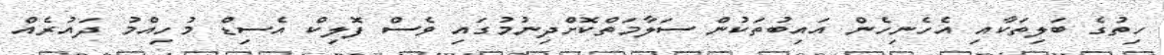
ހިތުގެ ބަލިތަކާއި އެހެނިހެން އައިބުތަކުން ސަލާމަތްކޮށްދިނުމުގައި ވެސް ފޮލިކް އެސިޑް މުހިއްމު ދައުރެއް